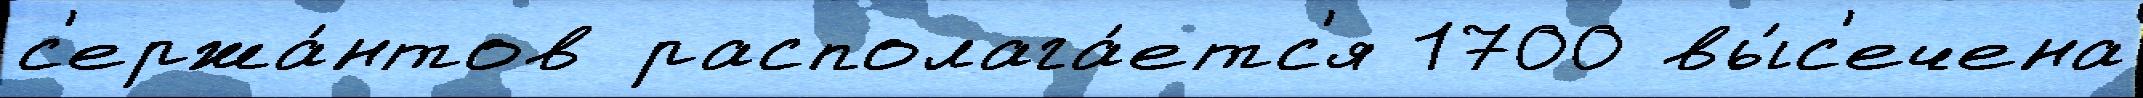
с'ержа́нтов располага́етс'я 1700 вы́с'ечена